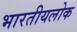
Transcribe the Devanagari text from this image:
भारतीयलोक